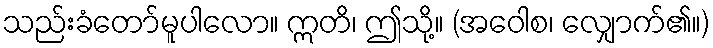
သည်းခံတော်မူပါလော။ ဣတိ၊ ဤသို့။ (အဝေါစ၊ လျှောက်၏။)